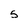
Character: 5